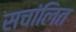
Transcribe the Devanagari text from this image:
सचांलित